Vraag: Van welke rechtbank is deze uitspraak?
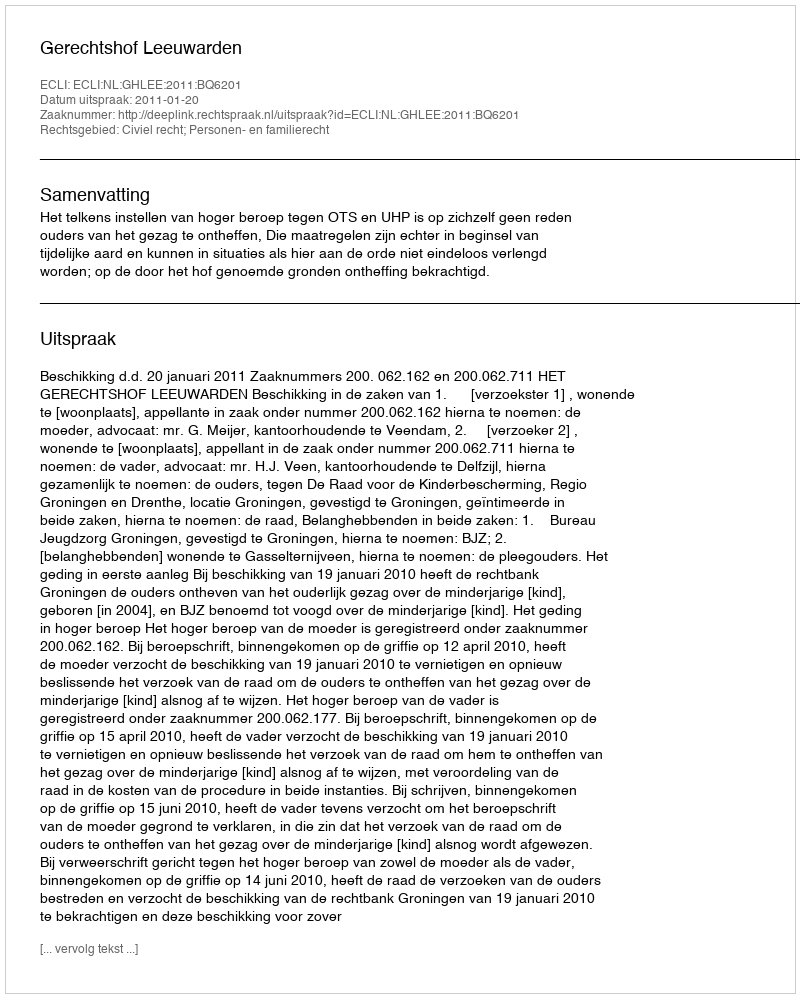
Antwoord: Gerechtshof Leeuwarden